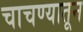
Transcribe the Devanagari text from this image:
चाचण्यातून